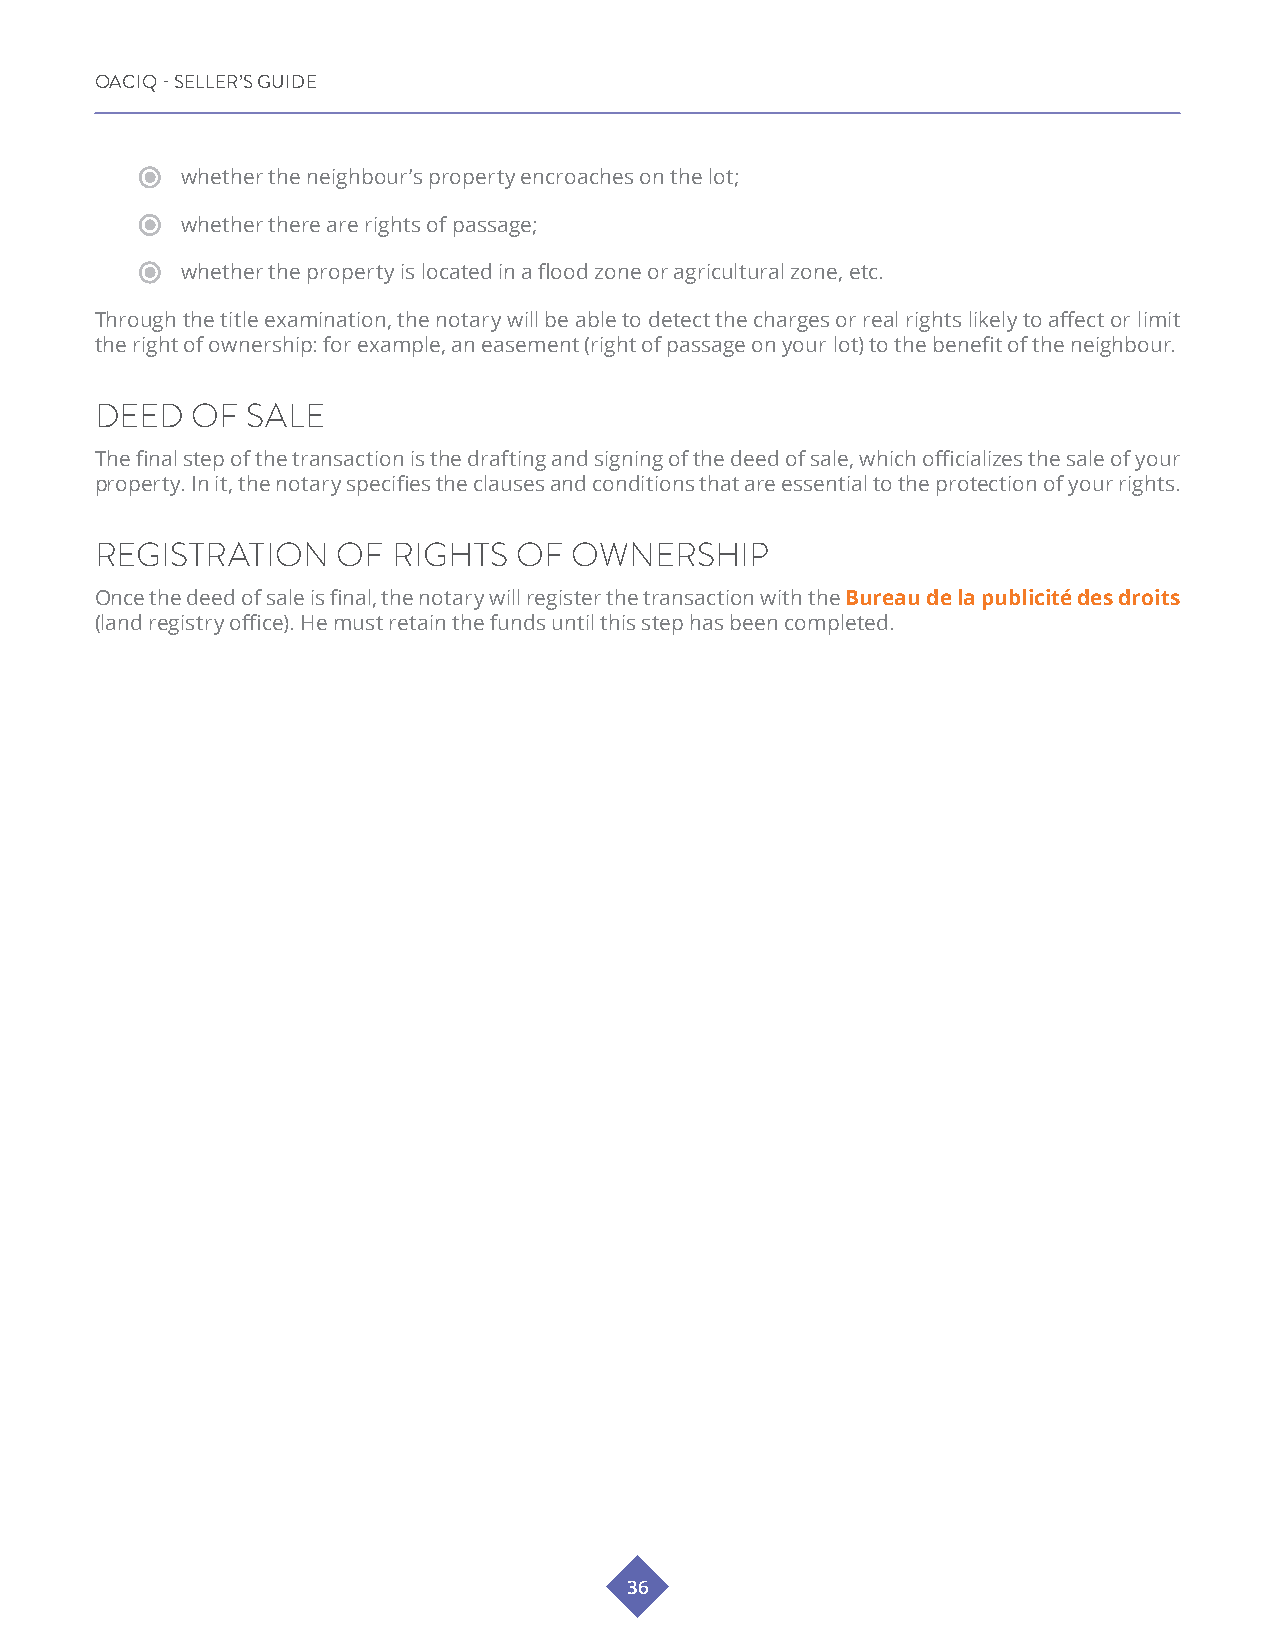
OACIQ - SELLER’S GUIDE
 whether the neighbour’s property encroaches on the lot;
 whether there are rights of passage;
 whether the property is located in a flood zone or agricultural zone, etc.
 Through the title examination, the notary will be able to detect the charges or real rights likely to affect or limit
 the right of ownership: for example, an easement (right of passage on your lot) to the benefit of the neighbour.
 DEED   OF SALE
 The final step of the transaction is the drafting and signing of the deed of sale, which officializes the sale of your
 property. In it, the notary specifies the clauses and conditions that are essential to the protection of your rights.
 REGISTRATION    OF  RIGHTS  OF  OWNERSHIP
 Once the deed of sale is final, the notary will register the transaction with the Bureau de la publicité des droits
 (land registry office). He must retain the funds until this step has been completed.
 36